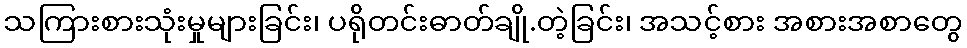
သကြားစားသုံးမှုများခြင်း၊ ပရိုတင်းဓာတ်ချို.တဲ့ခြင်း၊ အသင့်စား အစားအစာတွေ